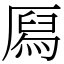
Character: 㕐